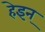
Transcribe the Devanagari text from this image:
हेइन्